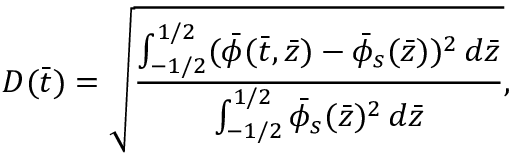
D ( \bar { t } ) = \sqrt { \frac { \int _ { - 1 / 2 } ^ { 1 / 2 } ( \bar { \phi } ( \bar { t } , \bar { z } ) - \bar { \phi } _ { s } ( \bar { z } ) ) ^ { 2 } \, d \bar { z } } { \int _ { - 1 / 2 } ^ { 1 / 2 } \bar { \phi } _ { s } ( \bar { z } ) ^ { 2 } \, d \bar { z } } } ,